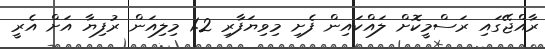
ރާއްޖޭގައި ރަސްމީކޮށް ލައްކައިން ފެށި މިވިޔަފާރި 1.2 މިލިއަން ރުފިޔާ އަށް އެރީ